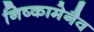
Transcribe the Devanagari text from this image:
निष्कामेनैव